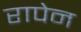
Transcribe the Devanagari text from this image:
रापेन